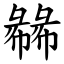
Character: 㣈